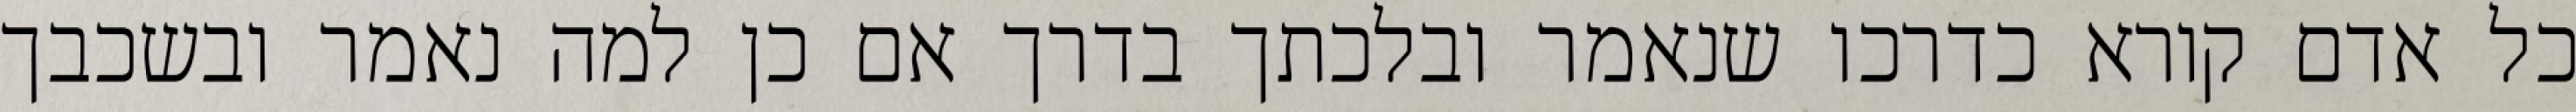
כל אדם קורא כדרכו שנאמר ובלכתך בדרך אם כן למה נאמר ובשכבך